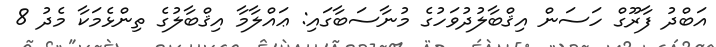
އަބްދު ފާރޫގް ހަސަން އިޤްބާލުދުވަހުގެ މުނާސަބާގައި: ޢައްލާމާ އިޤްބާލުގެ ތިންޅެމަކާ މެދު 8